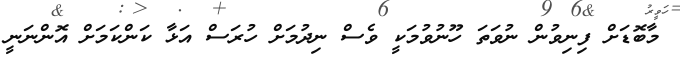
މާބޮޑަށް ފިނިވުން ނުވަތަ ހޫނުވުމަކީ ވެސް ނިދުމަށް ހުރަސް އަޅާ ކަންކަމަށް އޮންނަނީ